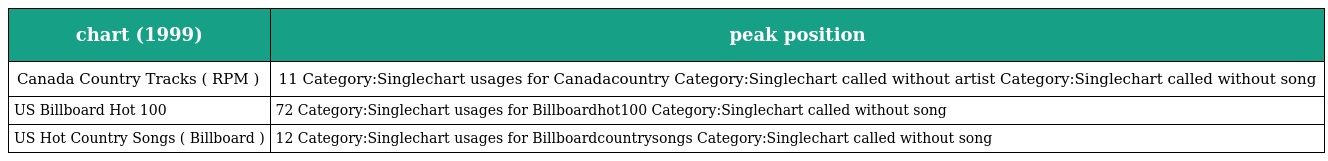
| chart (1999) | peak position |
 | --- | --- |
 | Canada Country Tracks ( RPM ) | 11 Category:Singlechart usages for Canadacountry Category:Singlechart called without artist Category:Singlechart called without song |
 | US Billboard Hot 100 | 72 Category:Singlechart usages for Billboardhot100 Category:Singlechart called without song |
 | US Hot Country Songs ( Billboard ) | 12 Category:Singlechart usages for Billboardcountrysongs Category:Singlechart called without song |